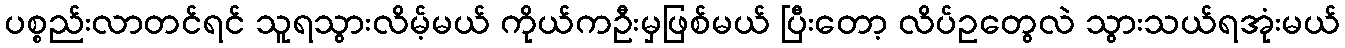
ပစ္စည်းလာတင်ရင် သူရသွားလိမ့်မယ် ကိုယ်ကဦးမှဖြစ်မယ် ပြီးတော့ လိပ်ဥတွေလဲ သွားသယ်ရအုံးမယ်